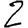
Digit: 2